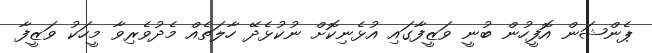
ޕެންޝަން އޮފީހުން ބުނީ ވަޒީފާގައި އުޅެނިކޮށް ނުކުޅެދޭ ހާލަތެއް މެދުވެރިވާ މީހަކު ވަޒީފާ